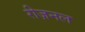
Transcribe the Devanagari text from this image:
रीज़नल